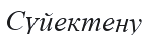
Сүйектену